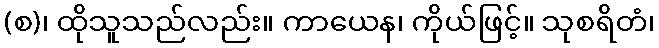
(စ)၊ ထိုသူသည်လည်း။ ကာယေန၊ ကိုယ်ဖြင့်။ သုစရိတံ၊